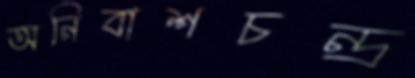
অনিবাশচন্দ্র